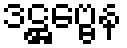
ဒဋ္ဌဗ္ဗေန